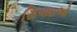
સિપાઇઓ